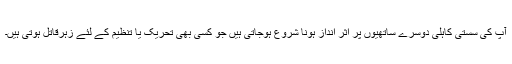
آپ کی سستی کاہلی دوسرے ساتھیوں پر اثر انداز ہونا شروع ہوجاتی ہیں جو کسی بھی تحریک یا تنظیم کے لئے زہرقاتل ہوتی ہیں۔